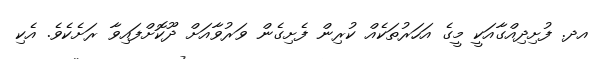
އދ. ފުށިދިއްގާއަކީ މީގެ އަހަރުތަކެއް ކުރިން ފެށިގެން ވަރުވާއަށް ދޫކޮށްފައިވާ ރަށެކެވެ. އެކި